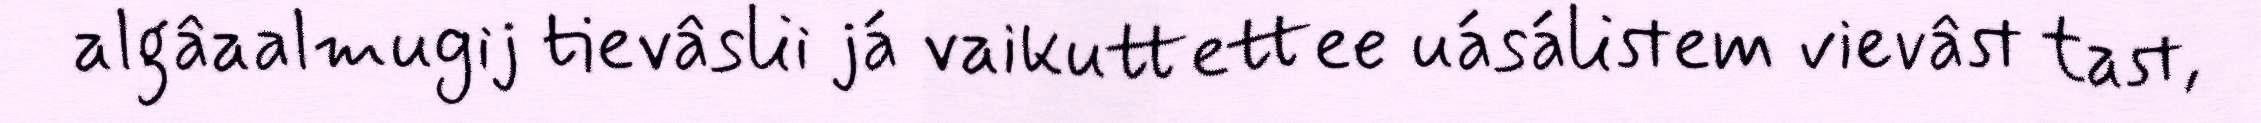
algâaalmugij tievâslii já vaikuttettee uásálistem vievâst tast,